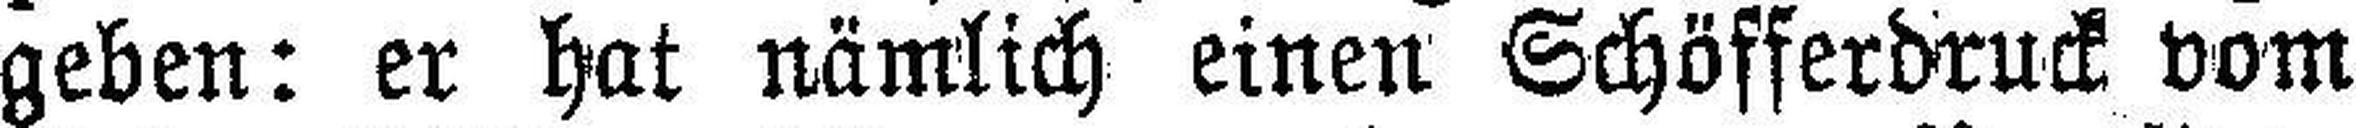
geben: er hat nämlich einen Schöfferdruck vom